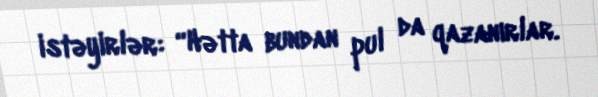
istəyirlər: “Hətta bundan pul da qazanırlar.